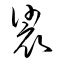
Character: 裟